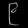
Digit: ၉